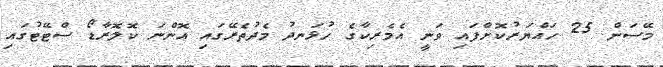
މޭސަން 25 ހައްޔަރުކޮށްފައި ވަނީ އެމެރިކާގެ ހުޅަނދު މެދުތެރޭގައި އޮންނަ ކޮލޮރާޑޯ ސްޓޭޓުގައި